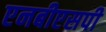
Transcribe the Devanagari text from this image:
एनबीएसपी